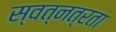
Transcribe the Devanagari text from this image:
स्वत्नत्रता